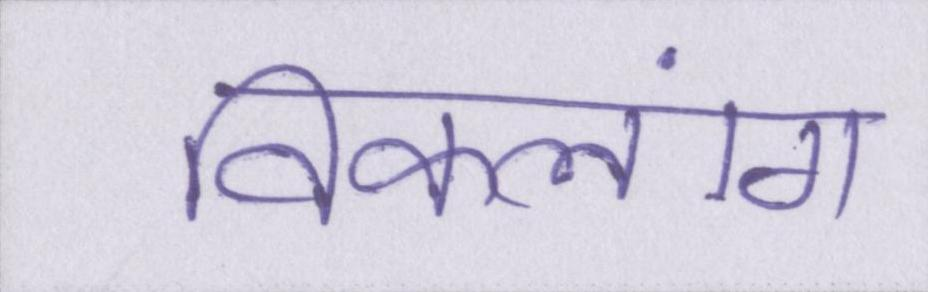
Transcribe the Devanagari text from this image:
विकलांग